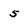
Character: 5